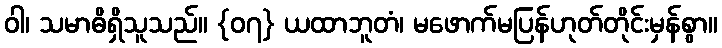
ဝါ၊ သမာဓိရှိသူသည်။ {၀၇} ယထာဘူတံ၊ မဖောက်မပြန်ဟုတ်တိုင်းမှန်စွာ။